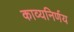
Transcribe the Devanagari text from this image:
काव्यनिर्णय